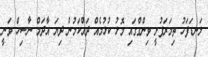
ލަނޑަފަހު ތިމަރަފުށީ ވިންގްގައި މޮޅު ކުޅުމެއް ދައްކަމުން ދިޔަ އާދަމް ނާސިހް ވަނީ